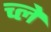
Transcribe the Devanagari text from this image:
च्ले